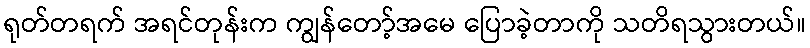
ရုတ်တရက် အရင်တုန်းက ကျွန်တော့်အမေ ပြောခဲ့တာကို သတိရသွားတယ်။